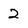
Character: 2